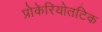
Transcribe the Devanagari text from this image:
प्रोकेरियोतटिक